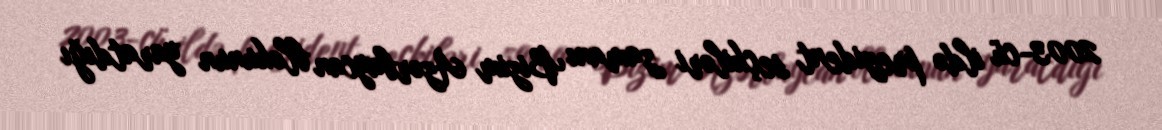
2003-cü ildə prezident seçkiləri zamanı Bizim Azərbaycan blokunun yaratdığı